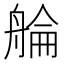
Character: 䑳